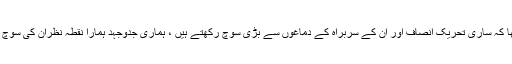
مریم نواز کا کہنا تھا کہ ساری تحریک انصاف اور ان کے سربراہ کے دماغوں سے بڑی سوچ رکھتے ہیں ، ہماری جدوجہد ہمارا نقطہ نظران کی سوچ سے کہیں بڑی ہے۔